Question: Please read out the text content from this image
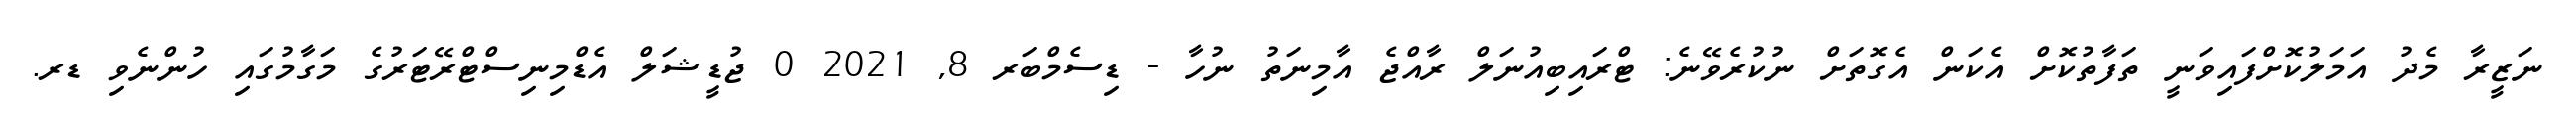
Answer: ނަޒީރާ މެދު އަމަލުކޮށްފައިވަނީ ތަފާތުކޮށް އެކަން އެގޮތަށް ނުކުރެވޭނެ: ޓްރައިބިއުނަލް ރާއްޖެ އާމިނަތު ނުހާ - ޑިސެމްބަރ 8, 2021 0 ޖުޑީޝަލް އެޑްމިނިސްޓްރޭޓަރުގެ މަގާމުގައި ހުންނެވި ޑރ.